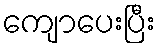
ကျောပေးပြီး